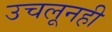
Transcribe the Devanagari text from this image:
उचलूनही